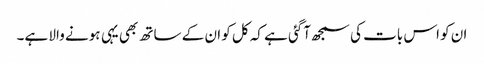
ان کو اس بات کی سمجھ آگئی ہے کہ کل کو ان کے ساتھ بھی یہی ہونے والا ہے۔